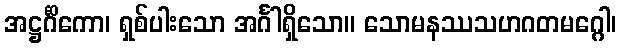
အဋ္ဌင်္ဂိကော၊ ရှစ်ပါးသော အင်္ဂါရှိသော။ သောမနဿသဟဂတမဂ္ဂေါ၊